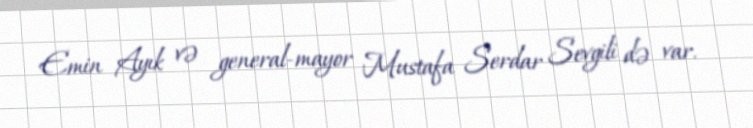
Emin Ayık və general-mayor Mustafa Serdar Sevgili də var.